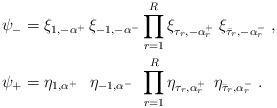
LaTeX: \begin{align*}\psi_- &= \xi_{1,-\alpha^+}\,\xi_{-1,-\alpha^-} \prod_{r=1}^R \xi_{\tau_r,-\alpha^+_r}\; \xi_{\bar{\tau}_r,-\alpha^-_r}\;,\\\psi_+ &= \eta_{1,\alpha^+}\;\;\, \eta_{-1,\alpha^-}\;\,\prod_{r=1}^R \eta_{\tau_r,\alpha^+_r}\;\, \eta_{\bar{\tau}_r,\alpha^-_r}\;.\end{align*}